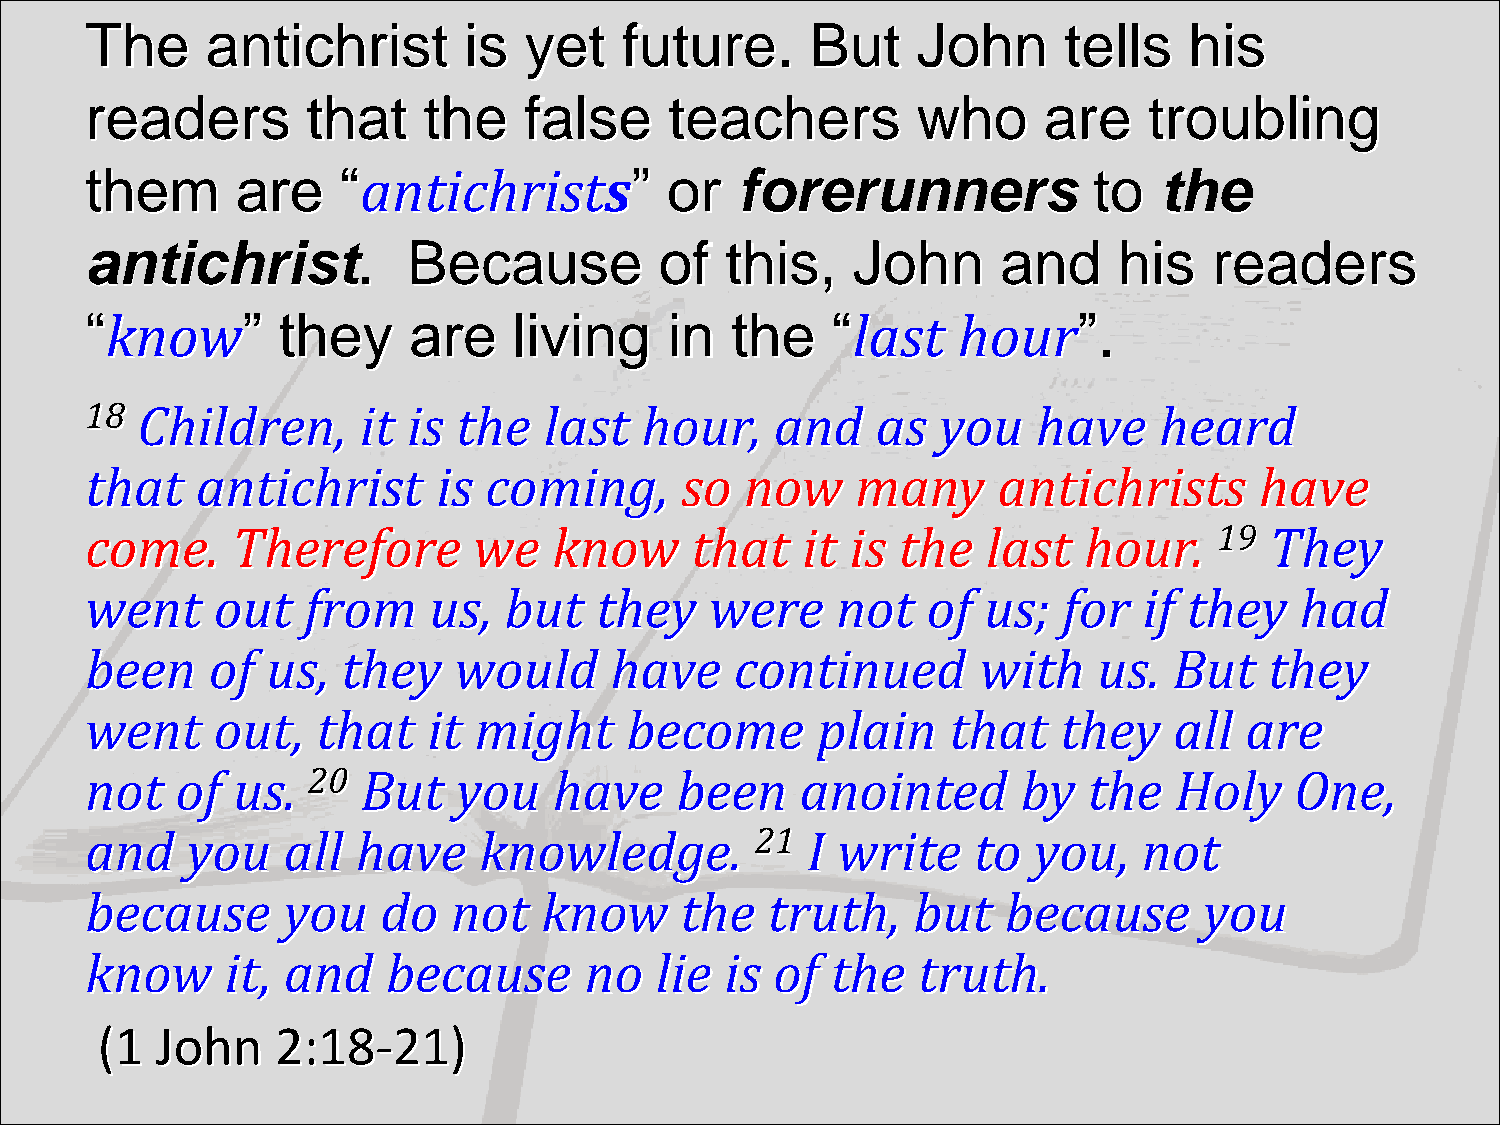
The     antichrist       is  yet   future.      But    John     tells    his
 readers       that    the    false    teachers         who     are    troubling
 them      are   “antichrists”         or   forerunners            to   the
 antichrist.          Because          of  this,   John      and     his   readers
 “know”      they     are    living    in  the    “last   hour”.
 18 Children,      it is the   last  hour,    and    as  you    have    heard
 that   antichrist      is coming,      so  now     many     antichrists      have
 come.    Therefore       we    know     that   it is the   last   hour.    19 They
 went    out   from    us,  but   they    were    not   of  us;  for   if they   had
 been    of  us,  they   would     have     continued       with    us.  But   they
 went    out,   that   it might     become       plain    that   they    all are
 not   of us.  20  But   you    have    been    anointed       by  the   Holy    One,
 and   you    all  have    knowledge.        21 I write    to  you,    not
 because      you   do   not   know     the   truth,   but    because      you
 know     it, and    because      no  lie  is of  the   truth.
 (1  John    2:18-21)